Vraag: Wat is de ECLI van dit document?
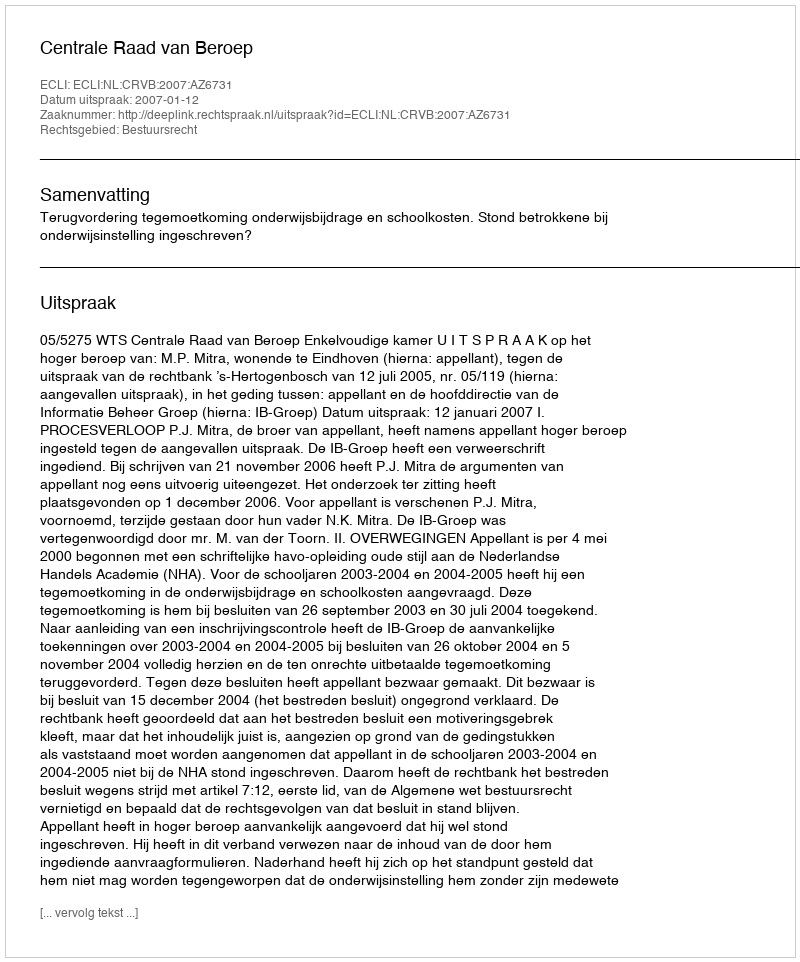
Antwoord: ECLI:NL:CRVB:2007:AZ6731